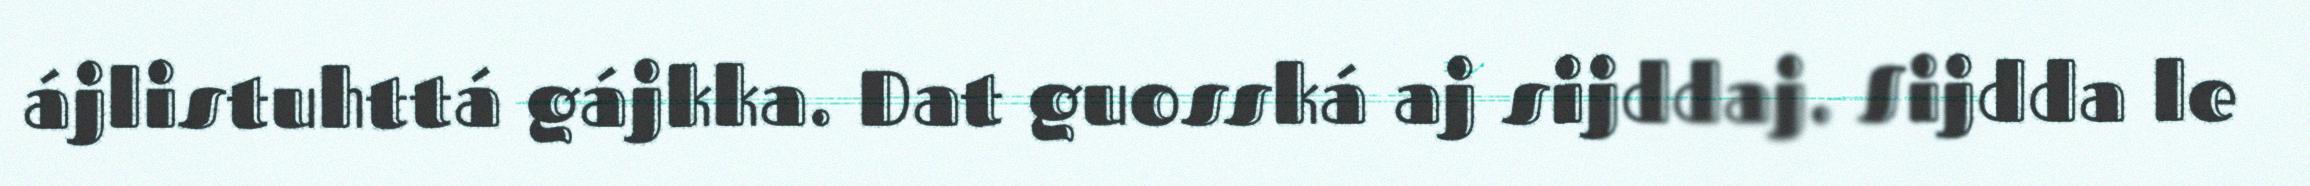
ájlistuhttá gájkka. Dat guosská aj sijddaj. Sijdda le